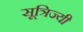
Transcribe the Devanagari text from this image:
सूत्रिज्यी